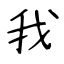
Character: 我